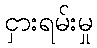
ငှားရမ်းမှု